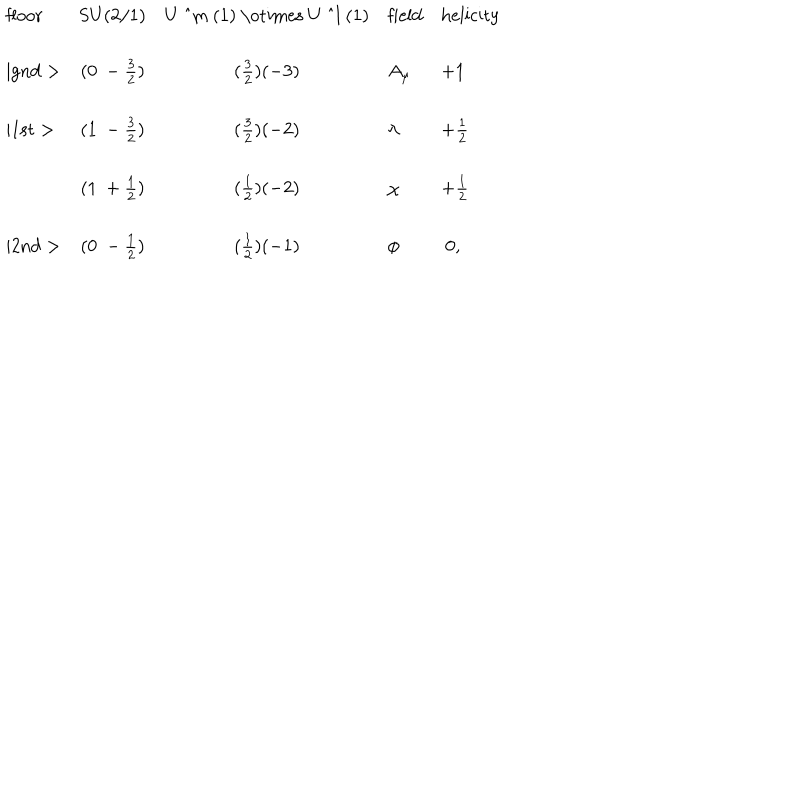
\begin{array} { l c c l l } { { \mathrm { f l o o r } } } & { { \mathrm { S U ( 2 / 1 ) } } } & { { \mathrm { U ~ ^ { m } ~ ( 1 ) ~ \otimes ~ U ~ ^ { l } ~ ( 1 ) } } } & { { \mathrm { f i e l d } } } & { { \mathrm { h e l i c i t y } } } \\ { { \mid \mathrm { g n d } > } } & { { ( 0 ~ - \frac { 3 } { 2 } ) } } & { { ( \frac { 3 } { 2 } ) ( - 3 ) } } & { { A _ { \mu } } } & { { + 1 } } \\ { { \mid \mathrm { 1 s t } > } } & { { ( 1 ~ - \frac { 3 } { 2 } ) } } & { { ( \frac { 3 } { 2 } ) ( - 2 ) } } & { { \lambda } } & { { + \frac { 1 } { 2 } } } \\ { { } } & { { ( 1 ~ + \frac { 1 } { 2 } ) } } & { { ( \frac { 1 } { 2 } ) ( - 2 ) } } & { { \chi } } & { { + \frac { 1 } { 2 } } } \\ { { \mid \mathrm { 2 n d } > } } & { { ( 0 ~ - \frac { 1 } { 2 } ) } } & { { ( \frac { 1 } { 2 } ) ( - 1 ) } } & { { \phi } } & { { ~ 0 , } } \\ \end{array}